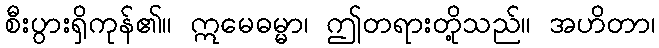
စီးပွားရှိကုန်၏။ ဣမေဓမ္မာ၊ ဤတရားတို့သည်။ အဟိတာ၊